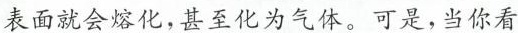
表面就会熔化，甚至化为气体。可是，当你看